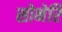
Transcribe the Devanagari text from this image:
सोनेरि